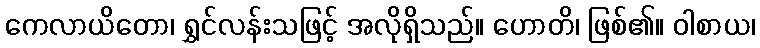
ကေလာယိတော၊ ရွှင်လန်းသဖြင့် အလိုရှိသည်။ ဟောတိ၊ ဖြစ်၏။ ဝါစာယ၊